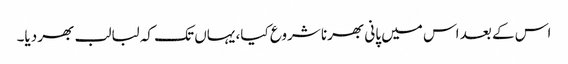
اس کے بعد اس میں پانی بھرنا شروع کیا، یہاں تک کہ لبالب بھر دیا۔